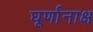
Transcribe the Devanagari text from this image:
घूर्णानाक्ष